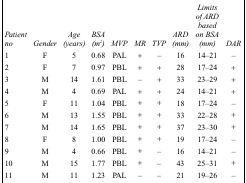
| Patient no | Gender | Age (years) | BSA (m2) | MVP | MR | TVP | ARD (mm) | Limits of ARD based on BSA (mm) | DAR |
 | --- | --- | --- | --- | --- | --- | --- | --- | --- | --- |
 | 1 | F | 5 | 0.68 | PAL | + | – | 16 | 14–21 | – |
 | 2 | F | 7 | 0.97 | PBL | + | + | 28 | 17–24 | + |
 | 3 | M | 14 | 1.61 | PBL | – | + | 33 | 23–29 | + |
 | 4 | M | 4 | 0.69 | PAL | + | + | 24 | 14–21 | + |
 | 5 | F | 11 | 1.04 | PBL | + | + | 18 | 17–24 | – |
 | 6 | M | 13 | 1.55 | PBL | + | + | 33 | 22–28 | + |
 | 7 | M | 14 | 1.65 | PBL | + | + | 37 | 23–30 | + |
 | 8 | F | 8 | 1.00 | PBL | + | + | 19 | 17–24 | – |
 | 9 | M | 4 | 0.66 | PBL | + | – | 16 | 14–21 | – |
 | 10 | M | 15 | 1.77 | PBL | + | – | 43 | 25–31 | + |
 | 11 | M | 11 | 1.23 | PAL | – | – | 21 | 19–26 | – |